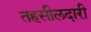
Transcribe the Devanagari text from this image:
तहसीलदारी